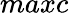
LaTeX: maxc